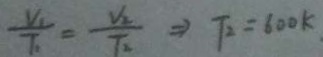
\frac { V _ { 1 } } { T _ { 1 } } = \frac { V _ { 2 } } { T _ { 2 } } \Rightarrow T _ { 2 } = 6 0 0 k .